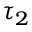
\tau _ { 2 }